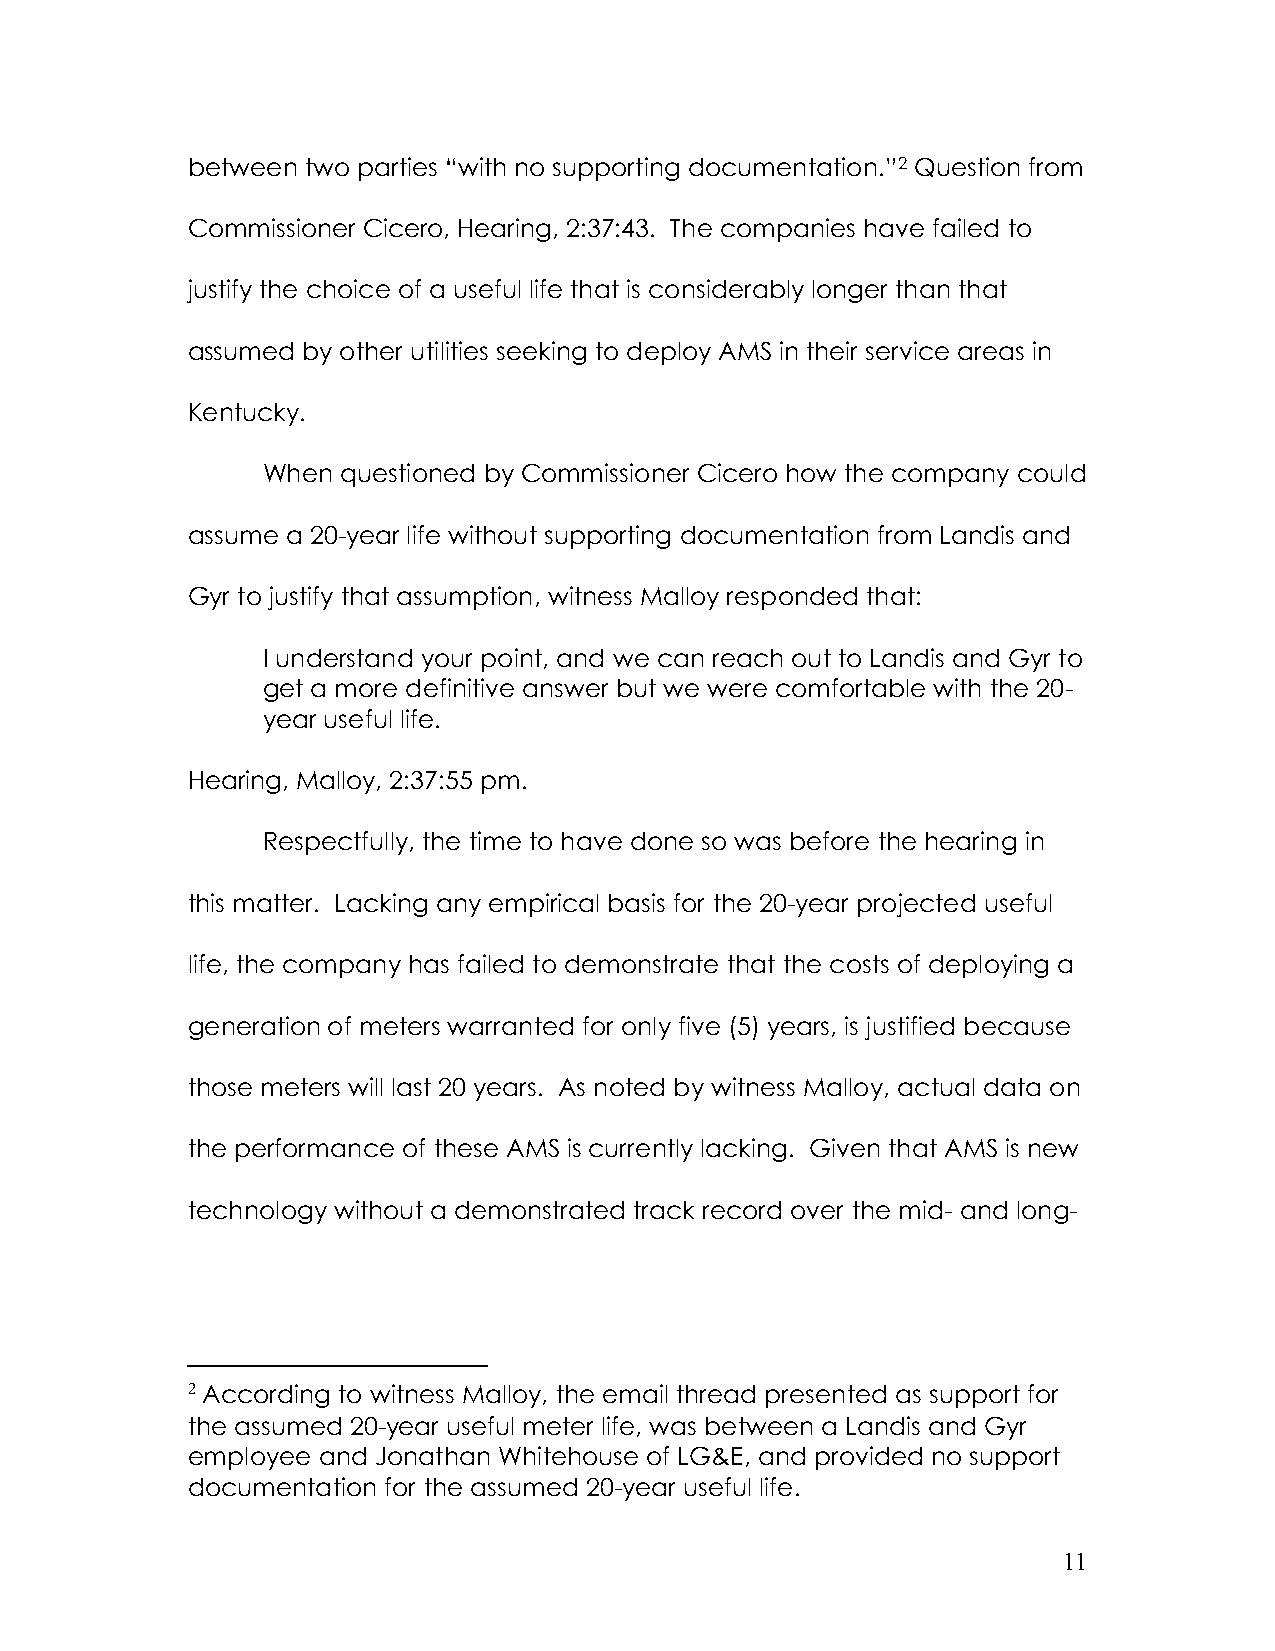
between two parties “with no supporting documentation.”2 Question from
 Commissioner Cicero, Hearing, 2:37:43. The companies have failed to
 justify the choice of a useful life that is considerably longer than that
 assumed by other utilities seeking to deploy AMS in their service areas in
 Kentucky.
 When  questioned by Commissioner Cicero how the company could
 assume a 20-year life without supporting documentation from Landis and
 Gyr to justify that assumption, witness Malloy responded that:
 I understand your point, and we can reach out to Landis and Gyr to
 get a more definitive answer but we were comfortable with the 20-
 year useful life.
 Hearing, Malloy, 2:37:55 pm.
 Respectfully, the time to have done so was before the hearing in
 this matter. Lacking any empirical basis for the 20-year projected useful
 life, the company has failed to demonstrate that the costs of deploying a
 generation of meters warranted for only five (5) years, is justified because
 those meters will last 20 years. As noted by witness Malloy, actual data on
 the performance of these AMS is currently lacking. Given that AMS is new
 technology without a demonstrated track record over the mid- and long-
 2 According to witness Malloy, the email thread presented as support for
 the assumed 20-year useful meter life, was between a Landis and Gyr
 employee and Jonathan Whitehouse of LG&E, and provided no support
 documentation for the assumed 20-year useful life.
 11